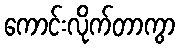
ကောင်းလိုက်တာကွာ